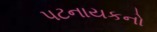
પટનાયકનો